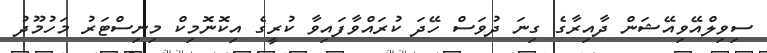
ސިވިލްއޭވިއޭޝަން ދާއިރާގެ ގިނަ ދުވަސް ހޭދަ ކުރައްވާފައިވާ ކުރީގެ އިކޮނޮމިކް މިނިސްޓަރު މަހުމޫދު